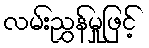
လမ်းညွှန်မှုဖြင့်